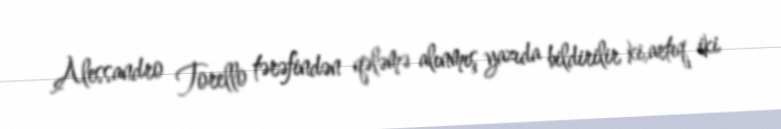
Alessandro Torello tərəfindən qələmə alınmış yazıda bildirilir ki,artıq iki